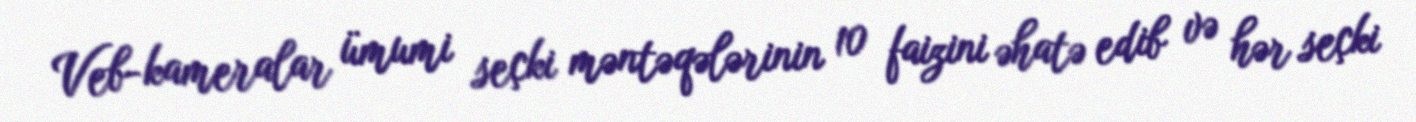
Veb-kameralar ümumi seçki məntəqələrinin 10 faizini əhatə edib və hər seçki